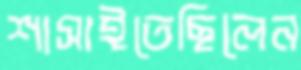
শাসাইতেছিলেন